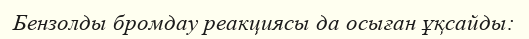
Бензолды бромдау реакциясы да осыған ұқсайды: